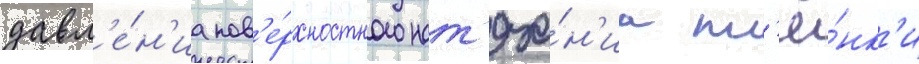
давл'е́н'иа пов'е́рхностного нат'яже́н'иа пл'ё́нк'и